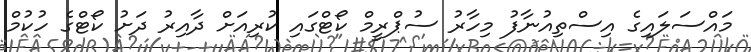
މައްސަލައިގެ އިސްތިއުނާފު މިހާރު ސުޕްރީމް ކޯޓްގައި ކުރިއަށް ދާއިރު ދަށު ކޯޓްގެ ހުކުމް